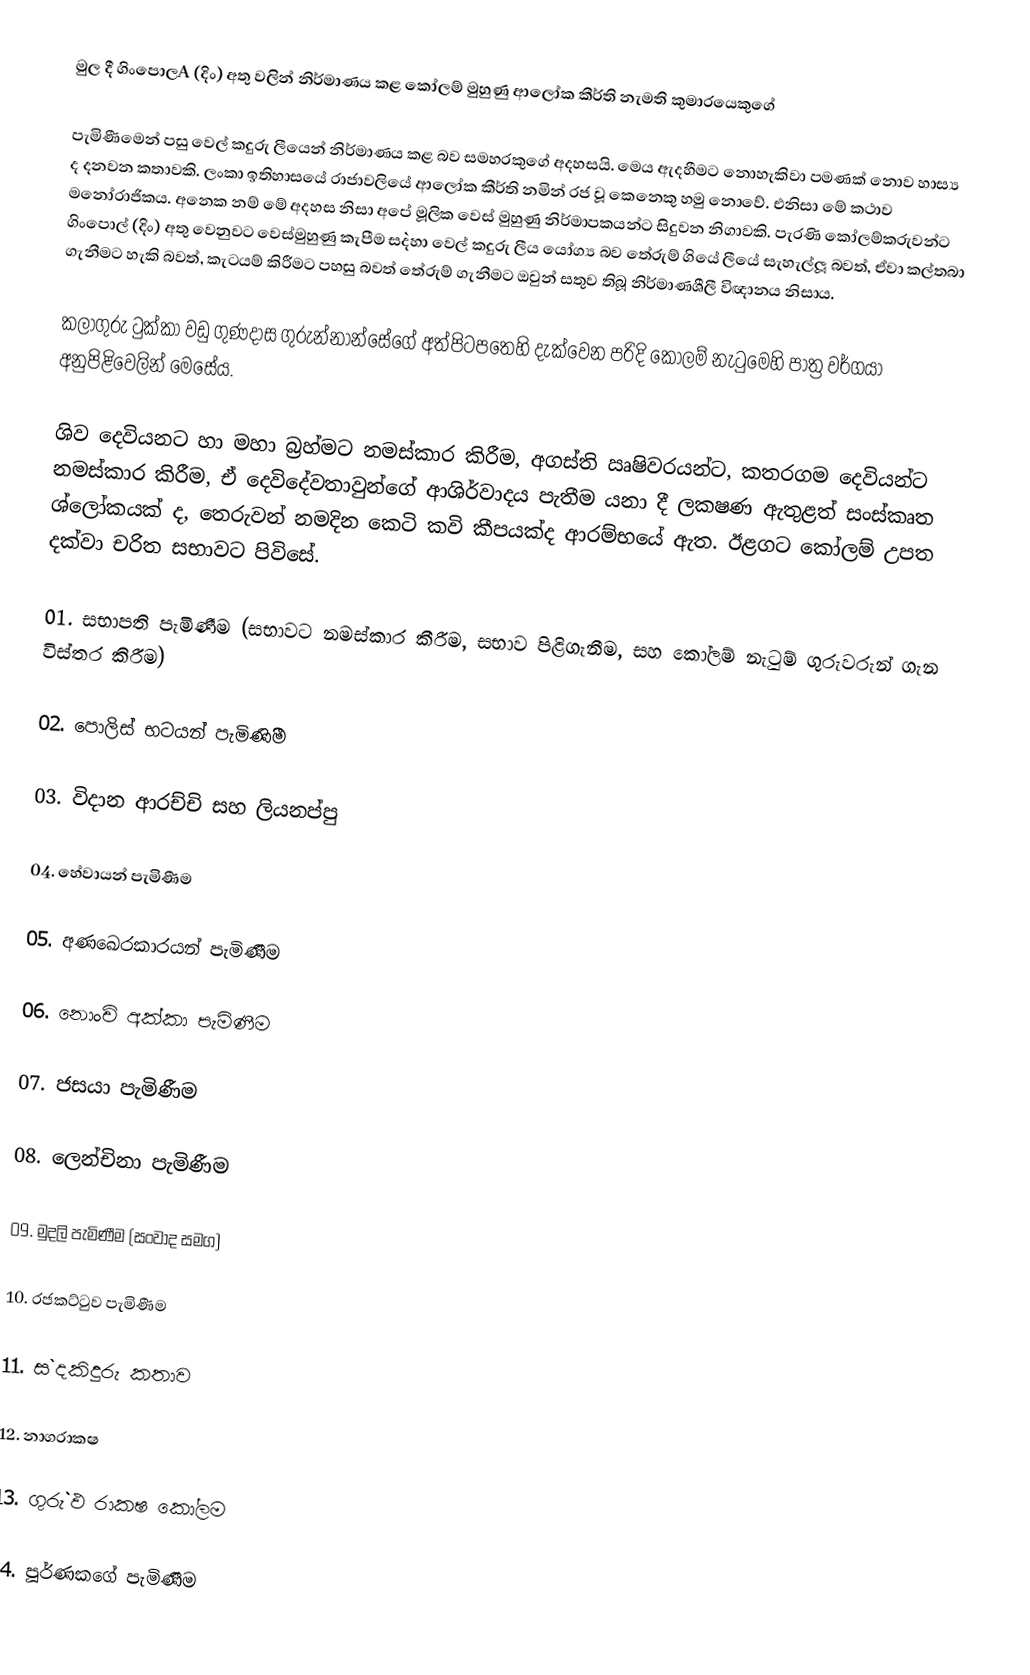
මුල දී ගිංපොලA (දිං) අතු වලින් නිර්මාණය කළ කෝලම් මුහුණු ආලෝක කීර්ති නැමති කුමාරයෙකුගේ

පැමිණීමෙන් පසු වෙල් කදුරු ලීයෙන් නිර්මාණය කළ බව සමහරකුගේ අදහසයි. මෙය ඇදහීමට නොහැකිවා පමණක් නොව හාස්‍ය ද දනවන කතාවකි. ලංකා ඉතිහාසයේ රාජාවලියේ ආලෝක කීර්ති නමින් රජ වූ කෙනෙකු හමු නොවේ. එනිසා මේ කථාව මනෝරාජිකය. අනෙක නම් මේ අදහස නිසා අපේ මූලික වෙස් මුහුණු නිර්මාපකයන්ට සිදුවන නිගාවකි. පැරණි කෝලම්කරුවන්ට ගිංපොල් (දිං) අතු වෙනුවට වෙස්මුහුණු කැපීම ස`දහා වෙල් කදුරු ලීය යෝග්‍ය බව තේරුම් ගියේ ලීයේ සැහැල්ලූ බවත්, ඒවා කල්තබා ගැනීමට හැකි බවත්, කැටයම් කිරීමට පහසු බවත් තේරුම් ගැනීමට ඔවුන් සතුව තිබූ නිර්මාණශීලී විඥානය නිසාය.

කලාගුරු ටුක්කා වඩු ගුණදාස ගුරුන්නාන්සේගේ  අත්පිටපතෙහි දැක්වෙන පරිදි කෝලම් නැටුමෙහි පාත්‍ර වර්ගයා අනුපිළිවෙලින් මෙසේය.

ශිව දෙවියනට හා මහා බ්‍රහ්මට නමස්කාර කිරීම, අගස්ති ඍෂිවරයන්ට, කතරගම දෙවියන්ට නමස්කාර කිරීම,  ඒ දෙවිදේවතාවුන්ගේ ආශිර්වාදය පැතීම යනා දී ලක‍ෂණ ඇතුළත් සංස්කෘත ශ්ලෝකයක් ද, තෙරුවන් නමදින කෙටි කවි කීපයක්ද ආරම්භයේ ඇත. ඊළගට කෝලම් උපත දක්වා චරිත සභාවට පිවිසේ.

01. සභාපති පැමිණීම (සභාවට නමස්කාර කීරීම, සභාව පිළිගැනීම, සහ කෝලම් නැටුම් ගුරුවරුන් ගැන විස්තර කිරීම)

02. පොලිස් භටයන් පැමිණිීම

03. විදාන ආරච්චි සහ ලියනප්පු

04. හේවායන් පැමිණීම

05. අණඛෙරකාරයන් පැමිණීම

06. නොංචි අක්කා පැමිණීම

07.  ජසයා පැමිණීම

08. ලෙන්චිනා පැමිණීම

09. මුදලි පැමිණීම (සංවාද සමග)

10. රජකට්ටුව පැමිණීම

11. ස`දකිදුරු කතාව

12. නාගරාක‍ෂ

13. ගුරු`ඵ රාක‍ෂ කෝලම

14.  පූර්ණකගේ පැමිණීම